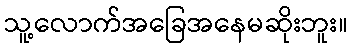
သူ့လောက်အခြေအနေမဆိုးဘူး။